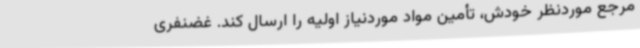
مرجع موردنظر خودش، تأمین مواد موردنیاز اولیه را ارسال کند. غضنفری